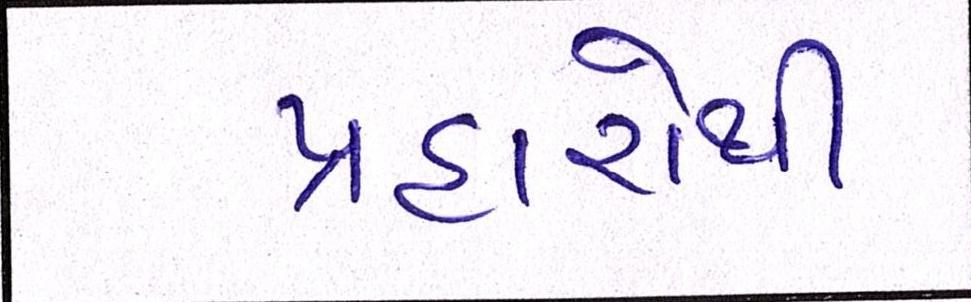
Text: પ્રહારોથી